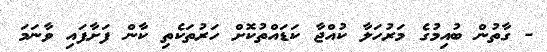
- ގާތުން ބުއިމުގެ މަރުހަލާ ކުއްޖާ ކަޑައްތުކޮށް ހަރުތަކެތި ކާން ފަށާފައި ވާނަމަ